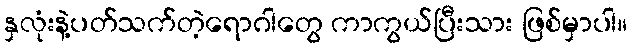
နှလုံးနဲ့ပတ်သက်တဲ့ရောဂါတွေ ကာကွယ်ပြီးသား ဖြစ်မှာပါ။